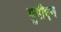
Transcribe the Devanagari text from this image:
युपीएन